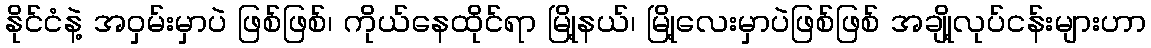
နိုင်ငံနဲ့ အဝှမ်းမှာပဲ ဖြစ်ဖြစ်၊ ကိုယ်နေထိုင်ရာ မြို့နယ်၊ မြို့လေးမှာပဲဖြစ်ဖြစ် အချို့လုပ်ငန်းများဟာ